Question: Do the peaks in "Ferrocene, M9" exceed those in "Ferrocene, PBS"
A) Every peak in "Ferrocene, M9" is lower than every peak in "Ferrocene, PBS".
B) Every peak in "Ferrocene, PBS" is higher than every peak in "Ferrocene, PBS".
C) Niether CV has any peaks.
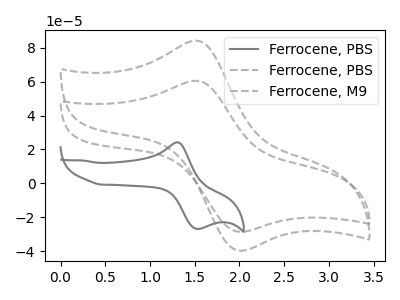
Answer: <think>The gray curve "Ferrocene, PBS" has an anodic peak at (1.30V, 24.30uA) and a cathodic peak at (1.50V, -26.85uA). The gray dashed curve "Ferrocene, PBS" has an anodic peak at (1.50V, 84.20uA) and a cathodic peak at (2.00V, -39.75uA). The gray dashed curve "Ferrocene, M9" has an anodic peak at (1.50V, 60.55uA) and a cathodic peak at (2.00V, -28.60uA).</think>
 <answer>A) Every peak in "Ferrocene, M9" is lower than every peak in "Ferrocene, PBS".</answer>
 <eval>A</eval>